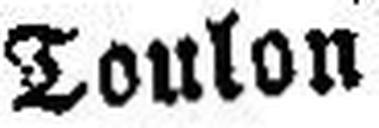
Toulon